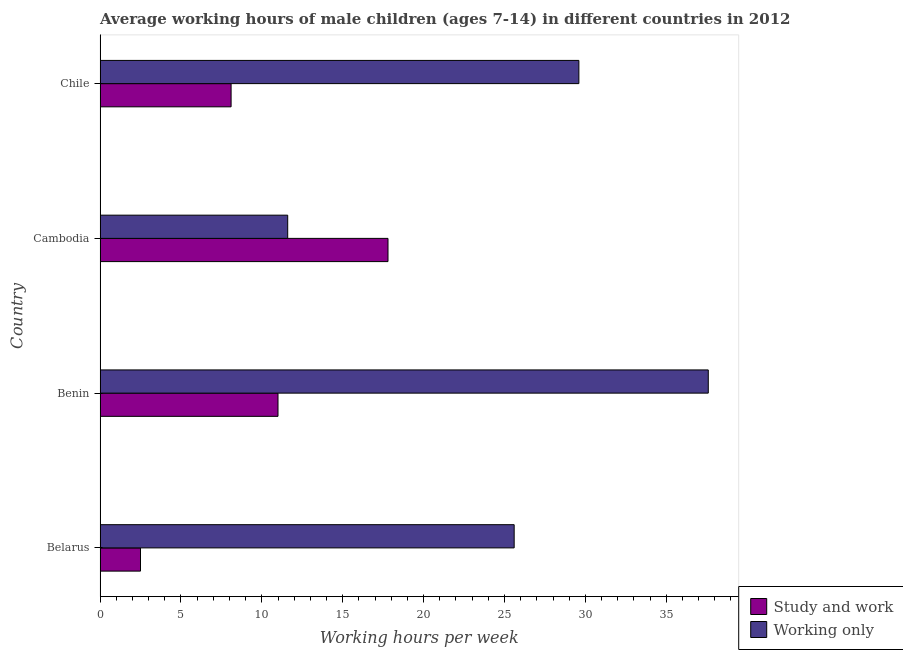
| Country | Study and work | Working only |
 | --- | --- | --- |
 | Belarus | 2.5 | 25.6 |
 | Benin | 11 | 37.6 |
 | Cambodia | 17.8 | 11.6 |
 | Chile | 8.1 | 29.6 |